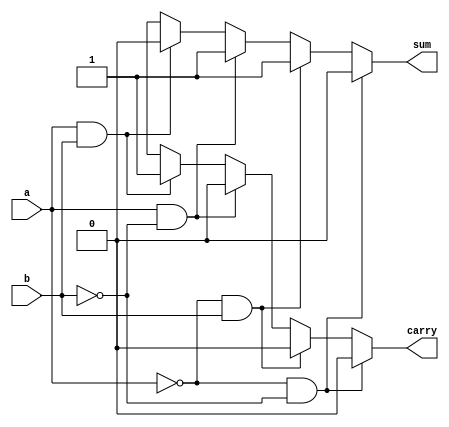
module Halfadderbehav(output sum,carry,input a,b);
reg sum,carry;
wire a,b;
always @(a,b)
  begin
    if(a ==0 && b ==0)
    begin
    sum=0;carry =0;
    end
    else if(a ==0 && b==1)
    begin
    sum=1;carry=0;
    end
    else if(a==1 && b==0)
    begin
    sum=1;carry =0;
    end
    else if(a==1 && b==1)
    begin
    sum=0;carry=1;
    end
    else
    begin
    sum=1'bx;carry =1'bx;
    end
 end   
endmodule